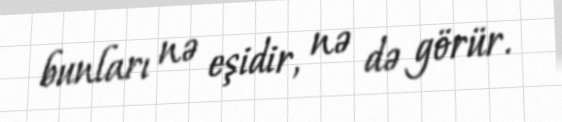
bunları nə eşidir, nə də görür.